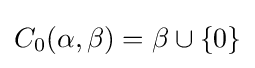
C_{0}(\alpha ,\beta )=\beta \cup \{0\}